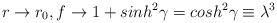
LaTeX: \begin{align*}r\rightarrow r_0, f \rightarrow 1+sinh^2\gamma=cosh^2\gamma\equiv\lambda^3\end{align*}